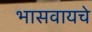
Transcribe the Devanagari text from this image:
भासवायचे